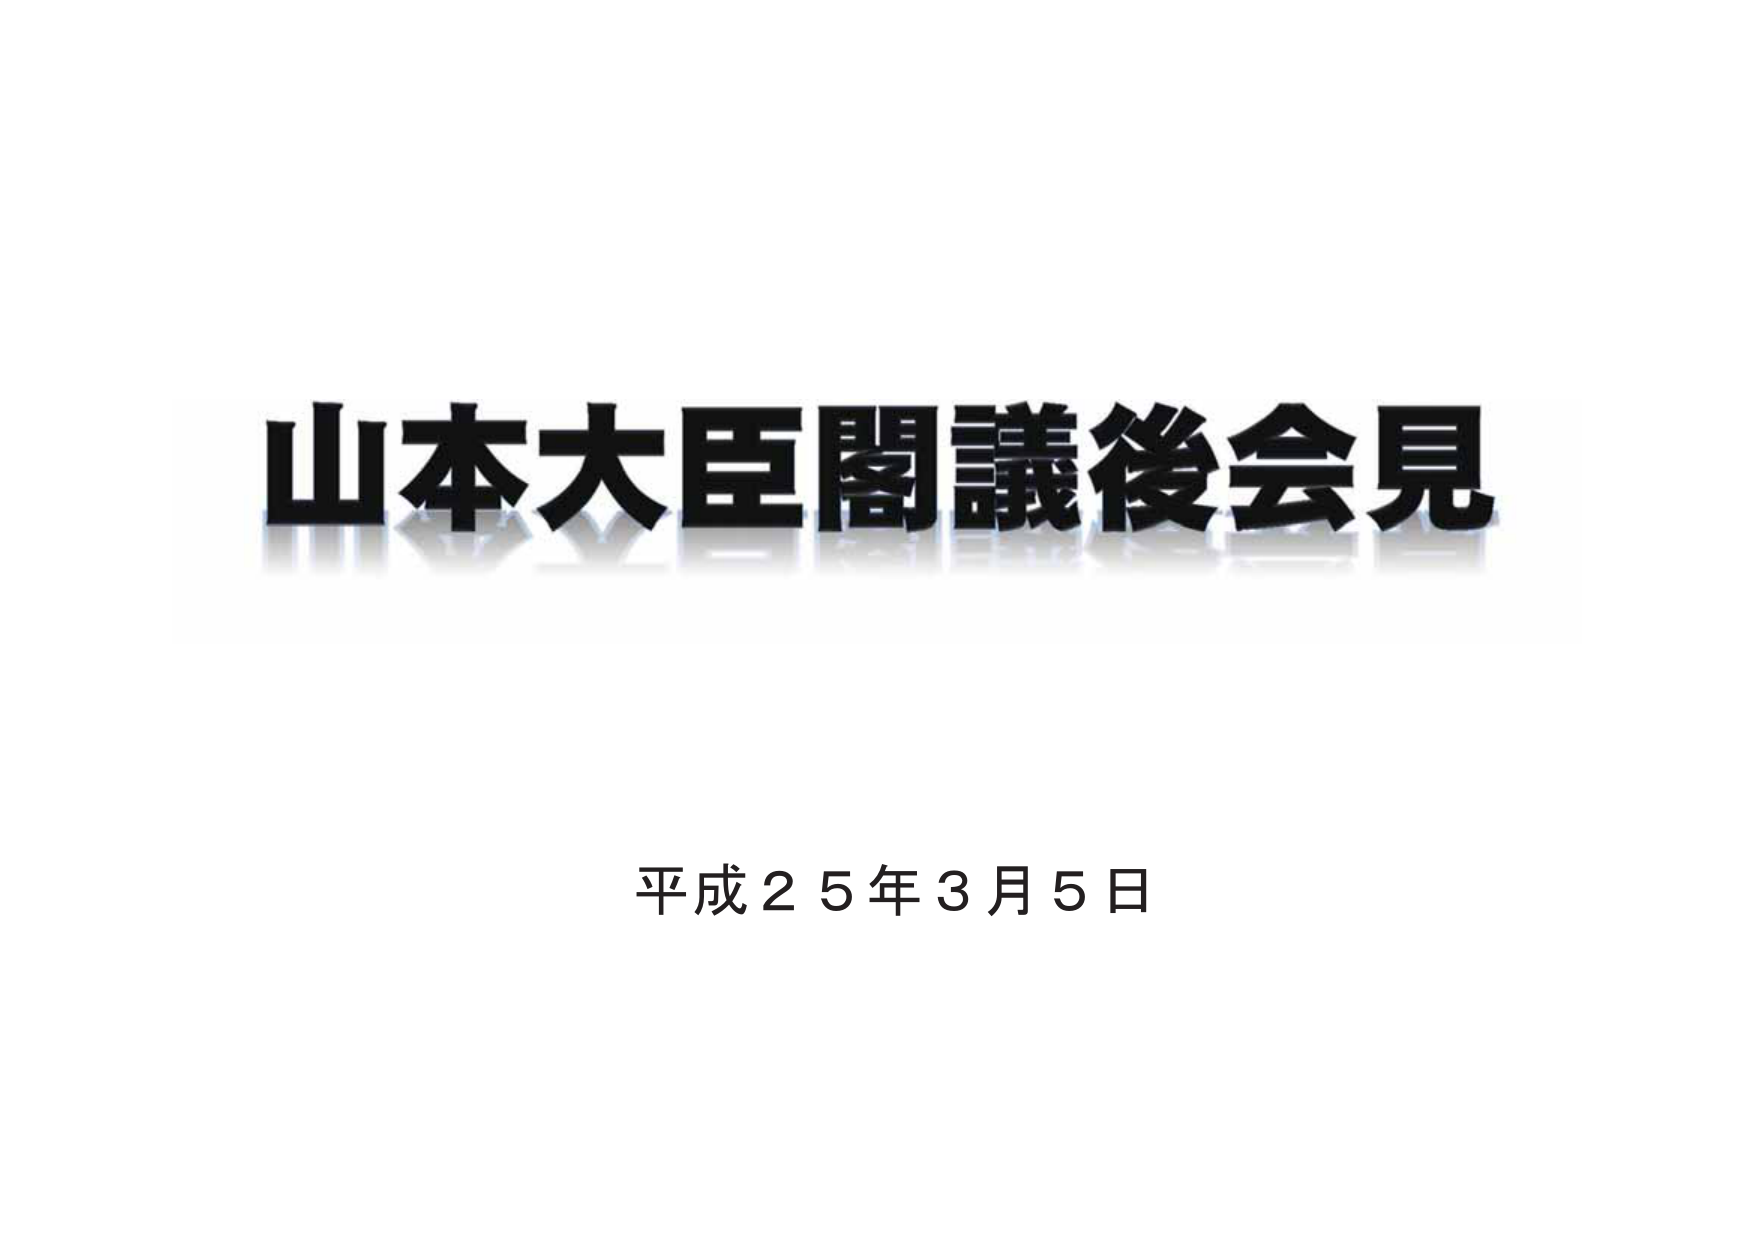
山本大臣閣議後会見
平成２５年３月５日